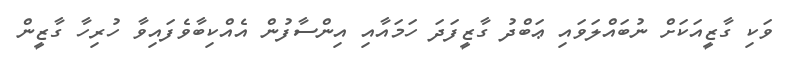
ވަކި ގާޒީއަކަށް ނުބައްލަވައި ޢަބްދު ގާޒީފަދަ ހަމައާއި އިންސާފުން އެއްކިބާވެފައިވާ ހުރިހާ ގާޒީން